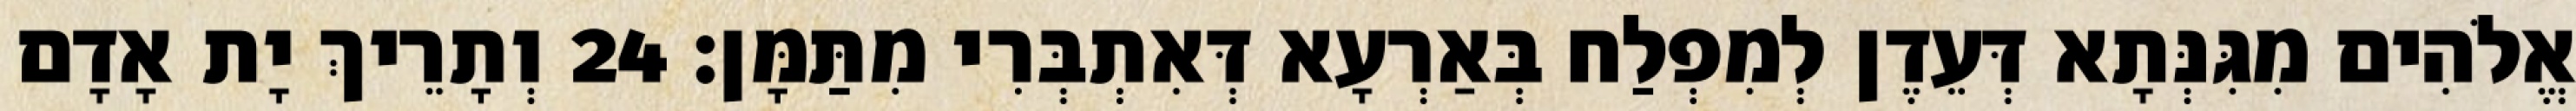
אֱלֹהִים מִגִּנְּתָא דְּעֵדֶן לְמִפְלַח בְּאַרְעָא דְּאִתְבְּרִי מִתַּמָּן׃ 24 וְתָרֵיךְ יָת אָדָם